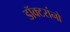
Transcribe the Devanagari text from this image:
डॉक्‍टरांनो